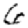
Digit: 6